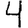
Digit: 4